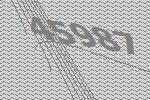
45987